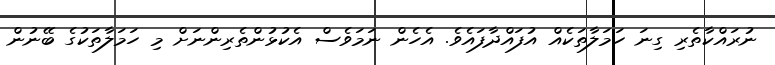
ނުރައްކާތެރި ގިނަ ހަމަލާތަކެއް އުފައްދާފައެވެ. އެހެން ނަމަވެސް އެކުޅުންތެރިންނަށް މި ހަމަލާތަކުގެ ބޭނުން